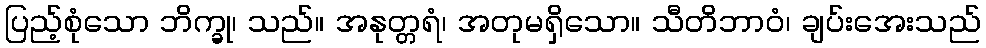
ပြည့်စုံသော ဘိက္ခု၊ သည်။ အနုတ္တရံ၊ အတုမရှိသော။ သီတိဘာဝံ၊ ချပ်းအေးသည်